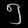
Digit: ၅